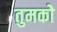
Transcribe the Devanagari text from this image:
तुमकोे